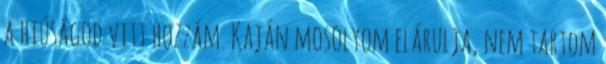
a hiúságod vitt hozzám. Kaján mosolyom elárulja, nem tartom